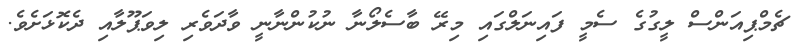
ޗެމްޕިއަންސް ލީގުގެ ސެމީ ފައިނަލްގައި މިރޭ ބާސެލޯނާ ނުކުންނާނީ ވާދަވެރި ލިވަޕޫލާއި ދެކޮޅަށެވެ.